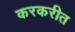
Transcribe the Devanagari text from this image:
करकरीत